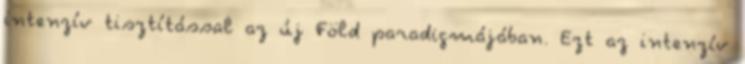
intenzív tisztítással az új Föld paradigmájában. Ezt az intenzív